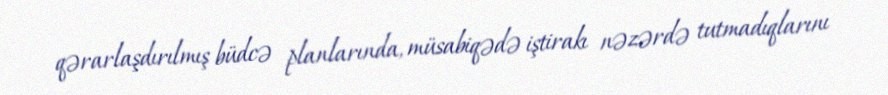
qərarlaşdırılmış büdcə planlarında, müsabiqədə iştirakı nəzərdə tutmadıqlarını